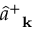
\hat { a } _ { \mathrm { ~ \bf ~ k ~ } } ^ { + }